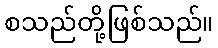
စသည်တို့ဖြစ်သည်။